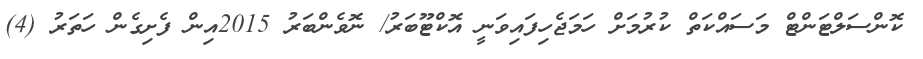
ކޮންސަލްޓަންޓް މަސައްކަތް ކުރުމަށް ހަމަޖެހިފައިވަނީ އޮކްޓޫބަރު/ ނޮވެންބަރު 2015އިން ފެށިގެން ހަތަރު (4)